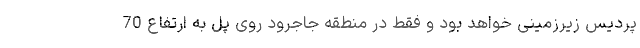
پردیس زیرزمینی خواهد بود و فقط در منطقه جاجرود روی پل به ارتفاع 70